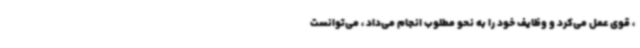
، قوی عمل می‌کرد و وظایف خود را به نحو مطلوب انجام می‌داد ، می‌توانست